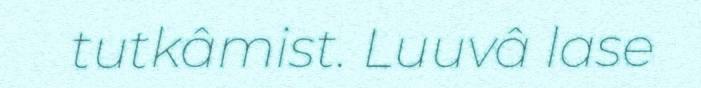
tutkâmist. Luuvâ lase